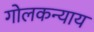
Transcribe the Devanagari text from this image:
गोलकन्याय